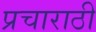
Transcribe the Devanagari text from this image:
प्रचाराठी